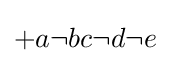
{\textstyle +a\neg bc\neg d\neg e}